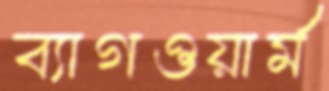
ব্যাগওয়ার্ম